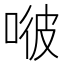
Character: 𠶎